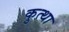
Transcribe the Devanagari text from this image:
कुत्था